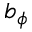
b _ { \phi }